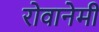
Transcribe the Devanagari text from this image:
रोवानेमी